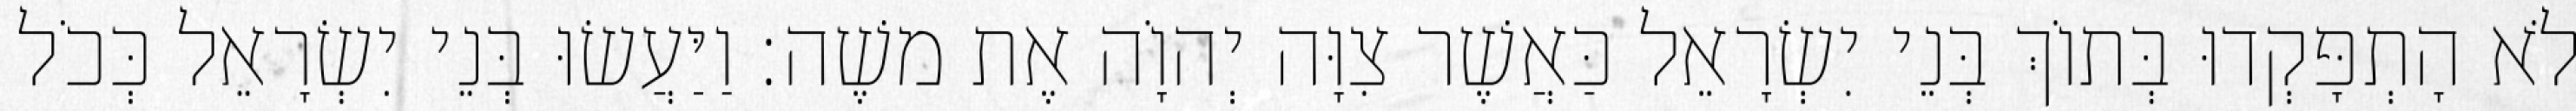
לֹא הָתְפָּקְדוּ בְּתוֹךְ בְּנֵי יִשְׂרָאֵל כַּאֲשֶׁר צִוָּה יְהוָֹה אֶת משֶׁה׃ וַיַּעֲשׂוּ בְּנֵי יִשְׂרָאֵל כְּכֹל